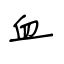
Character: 血